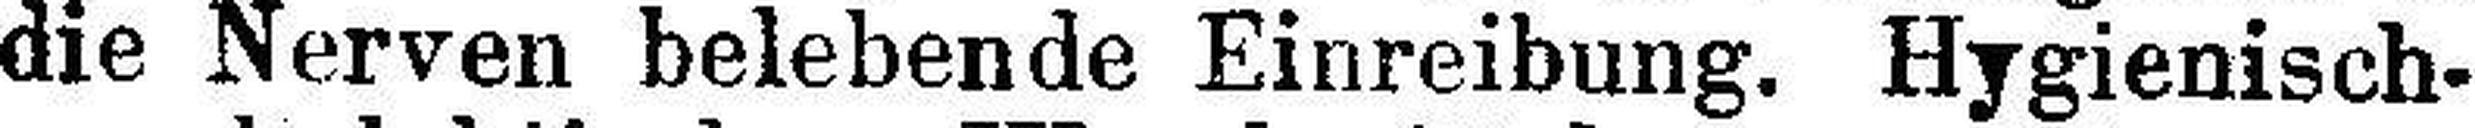
die Nerven belebende Einreibung. Hygienisch¬